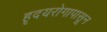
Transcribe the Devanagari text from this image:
हृदयरोगापासून